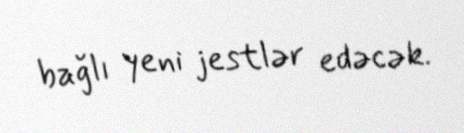
bağlı yeni jestlər edəcək.